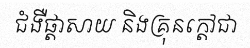
ជំងឺផ្តាសាយ និងគ្រុនក្តៅជា